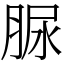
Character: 脲